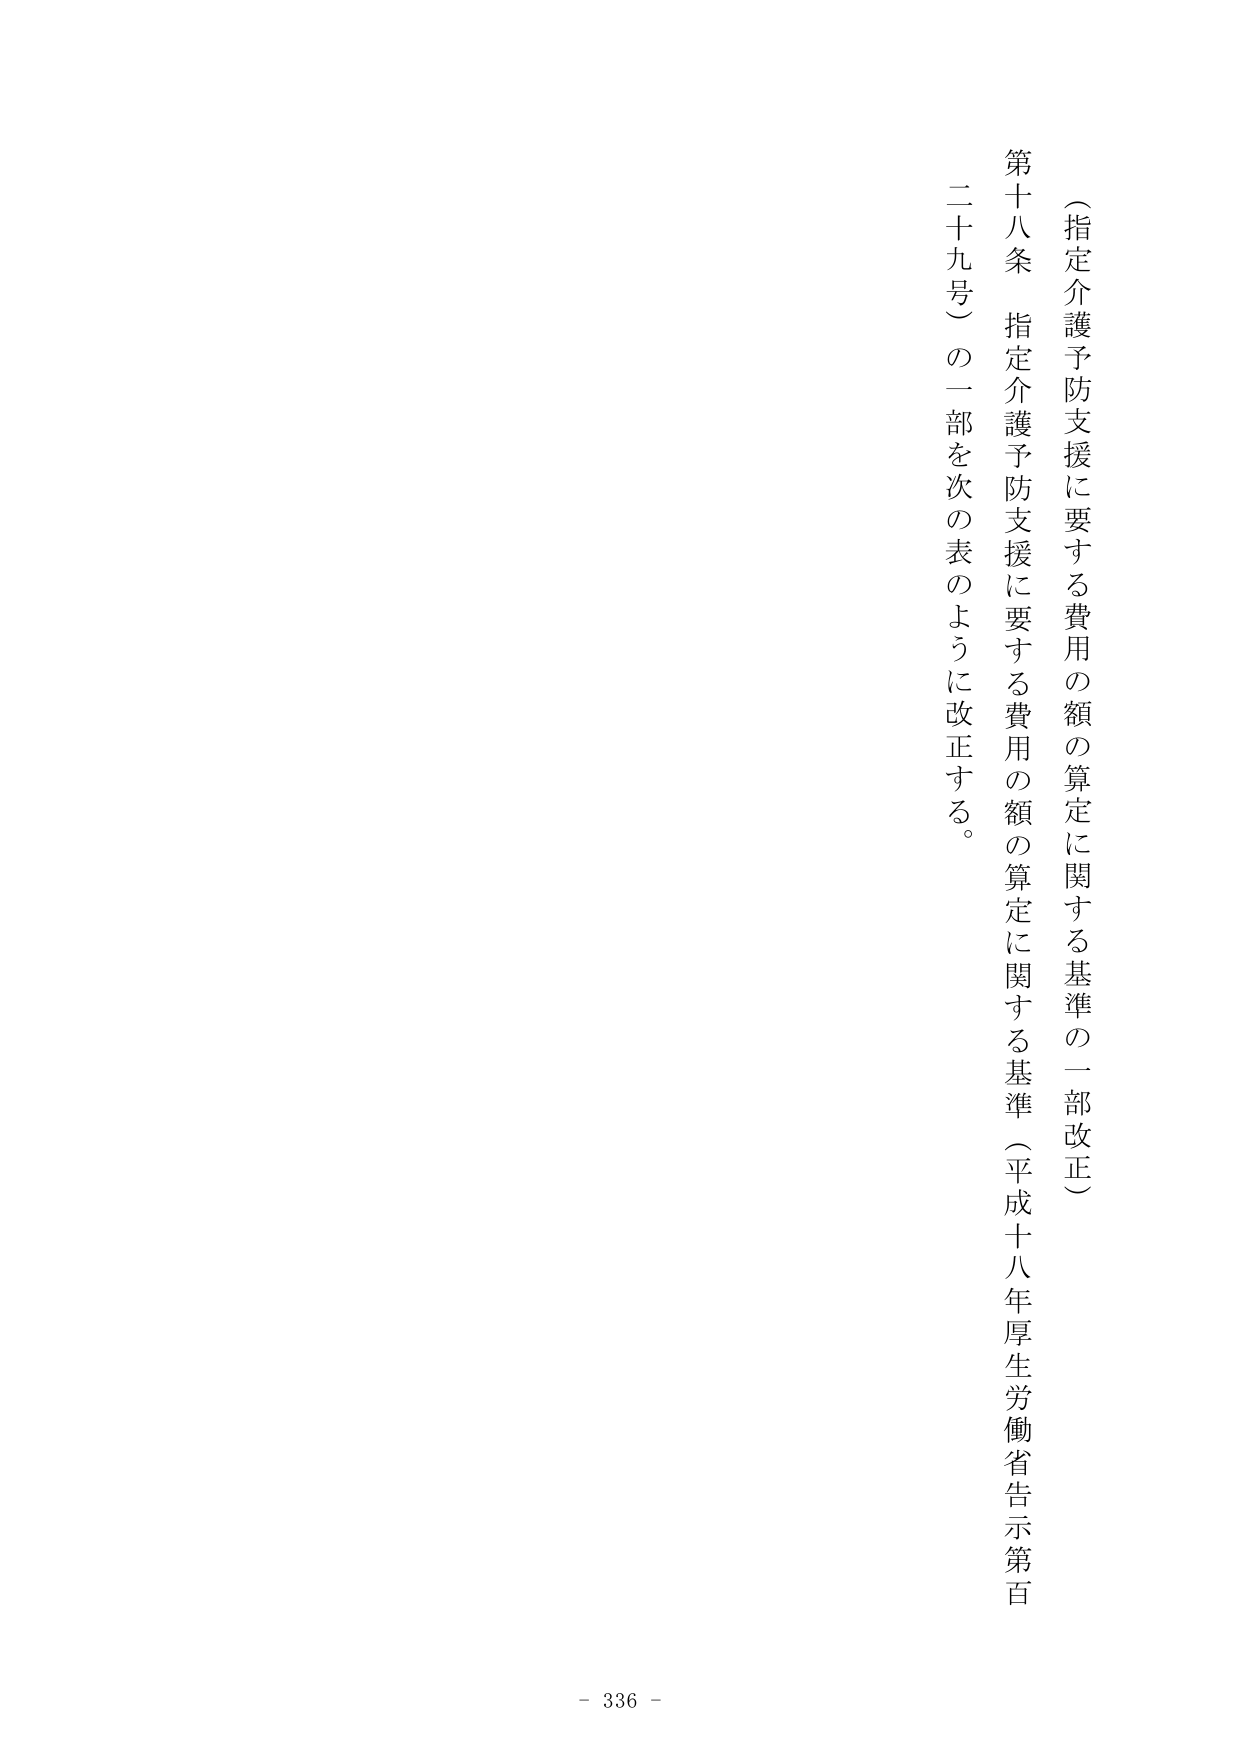
（指定介護予防支援に要する費用の額の算定に関する基準の一部改正）

第十八条 指定介護予防支援に要する費用の額の算定に関する基準（平成十八年厚生労働省告示第百二十九号）の一部を次の表のように改正する。

- 336 -